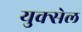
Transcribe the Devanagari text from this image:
युक्सेल